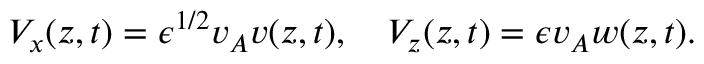
V _ { x } ( z , t ) = \epsilon ^ { 1 / 2 } v _ { A } v ( z , t ) , \quad V _ { z } ( z , t ) = \epsilon v _ { A } w ( z , t ) .